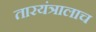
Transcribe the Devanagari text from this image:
तारयंत्रालाच